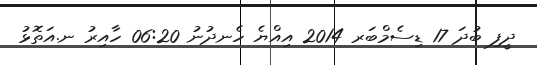
ދީފި ބުދަ 17 ޑިސެމްބަރ 2014 އިއްޔެ ހެނދުނު 06:20 ހާއިރު ނ.އަތޮޅު